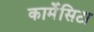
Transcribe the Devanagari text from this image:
कार्मेंसिटा